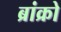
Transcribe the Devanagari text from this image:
ब्रांक्रो